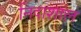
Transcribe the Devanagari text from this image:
निदाशाल